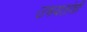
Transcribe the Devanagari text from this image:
उभयतांशी